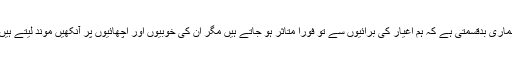
ہماری بدقسمتی ہے کہ ہم اغیار کی برائیوں سے تو فوراّ متاثر ہو جاتے ہیں مگر ان کی خوبیوں اور اچھائیوں پر آنکھیں موند لیتے ہیں۔